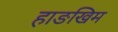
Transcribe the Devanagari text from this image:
हाङखिम